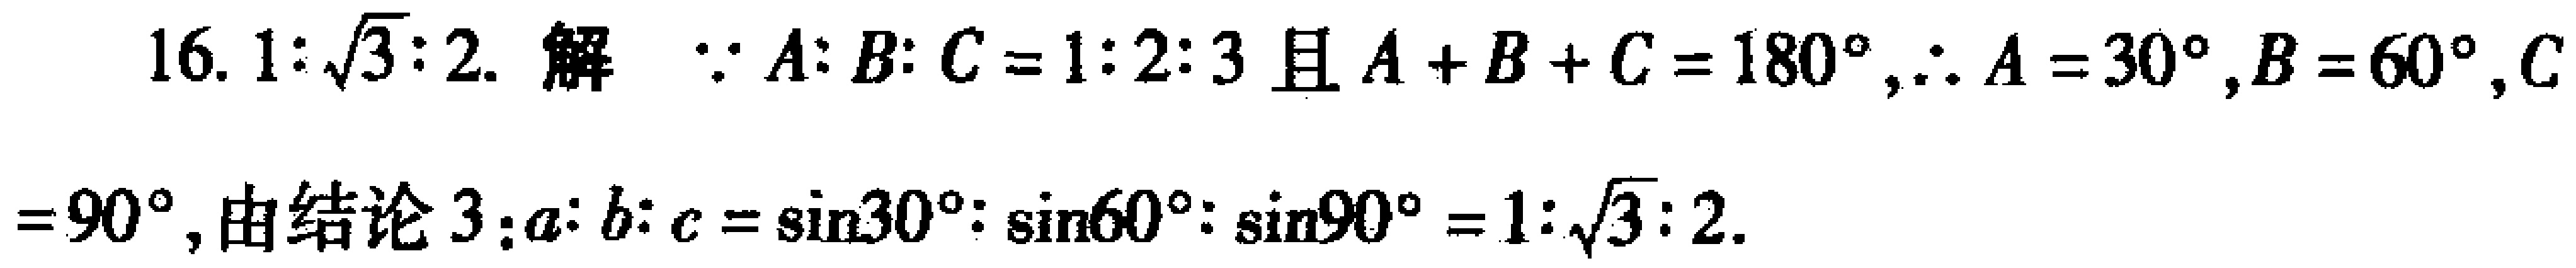
16. \(1:\sqrt{3}:2\). 解 \(\because A:B:C = 1:2:3\)且 \(A + B + C = 180^{\circ},\therefore A = 30^{\circ},B = 60^{\circ},C\)
\(= 90^{\circ}\),由结论 \(3:a:b:c=\sin30^{\circ}:\sin60^{\circ}:\sin90^{\circ}=1:\sqrt{3}:2\).